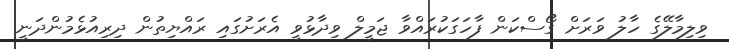
ވިލިމާލޭގެ ހާލު ވަރަށް ގޯސްކަން ފާހަގަކުރައްވާ ޖަމީލް ވިދާޅުވީ އެރަށުގައި ރައްޔިތުން ދިރިއުޅެމުންދަނީ